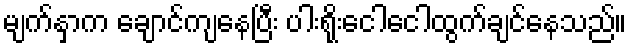
မျက်နှာက ချောင်ကျနေပြီး ပါးရိုးငေါငေါထွက်ချင်နေသည်။